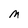
Character: M